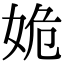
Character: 姽